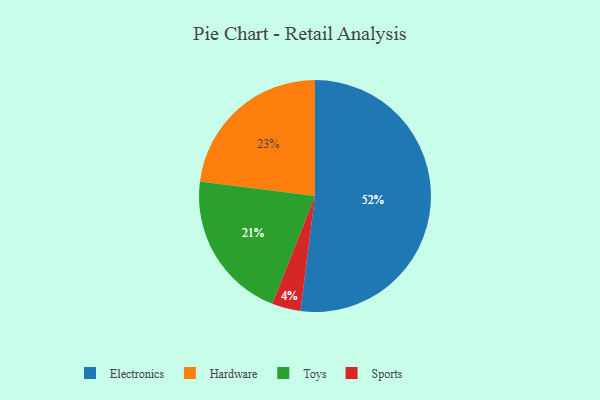
{"axis": {"x": "Category", "y": "Percentage"}, "legend": ["Electronics", "Hardware", "Sports", "Toys"], "data": [{"x": "Hardware", "y": 23, "type": "Hardware"}, {"x": "Electronics", "y": 52, "type": "Electronics"}, {"x": "Sports", "y": 4, "type": "Sports"}, {"x": "Toys", "y": 21, "type": "Toys"}]}